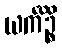
ယင်္ကိဉ္စိ